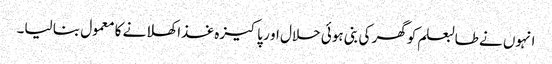
انہوں نے طالبعلم کوگھر کی بنی ہوئی حلال او ر پاکیزہ غذا کھلانے کا معمول بنا لیا۔